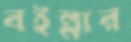
বইন্নার